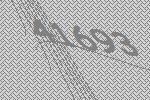
41693